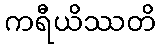
ကရီယိဿတိ